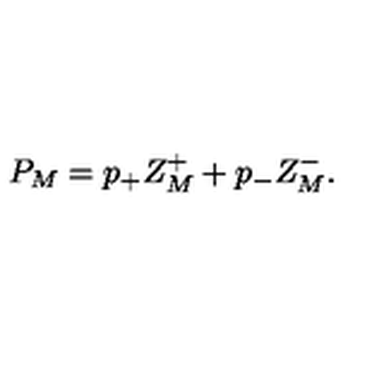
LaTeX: P _ { M } = p _ { + } Z _ { M } ^ { + } + p _ { - } Z _ { M } ^ { - } .